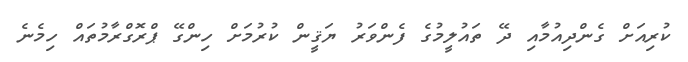
ކުރިއަށް ގެންދިއުމާއި ދޭ ތައުލީމުގެ ފެންވަރު ޔަޤީން ކުރުމަށް ހިންގޭ ޕްރޮގްރާމުތައް ހިމެނެ